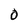
Character: 0